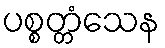
ပစ္စတ္တံသေန